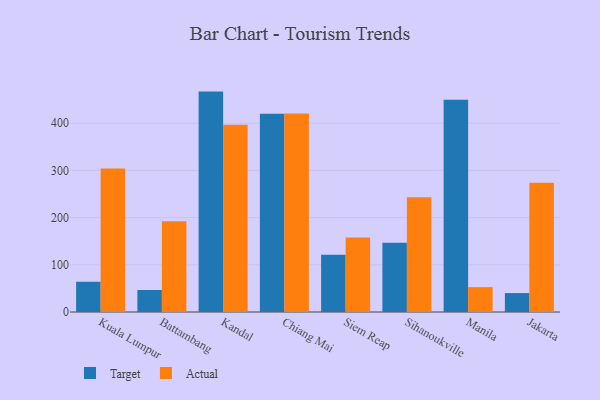
{"axis": {"x": "City", "y": "Page Views"}, "legend": ["Actual", "Target"], "data": [{"x": "Kuala Lumpur", "y": 64.1, "type": "Target"}, {"x": "Kuala Lumpur", "y": 304.1, "type": "Actual"}, {"x": "Battambang", "y": 46.6, "type": "Target"}, {"x": "Battambang", "y": 192.3, "type": "Actual"}, {"x": "Kandal", "y": 467.1, "type": "Target"}, {"x": "Kandal", "y": 396.7, "type": "Actual"}, {"x": "Chiang Mai", "y": 420.3, "type": "Target"}, {"x": "Chiang Mai", "y": 420.6, "type": "Actual"}, {"x": "Siem Reap", "y": 121.5, "type": "Target"}, {"x": "Siem Reap", "y": 158.0, "type": "Actual"}, {"x": "Sihanoukville", "y": 147.0, "type": "Target"}, {"x": "Sihanoukville", "y": 243.0, "type": "Actual"}, {"x": "Manila", "y": 449.8, "type": "Target"}, {"x": "Manila", "y": 52.7, "type": "Actual"}, {"x": "Jakarta", "y": 40.1, "type": "Target"}, {"x": "Jakarta", "y": 274.0, "type": "Actual"}]}